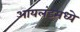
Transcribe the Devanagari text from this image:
आयलंडमध्ये